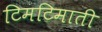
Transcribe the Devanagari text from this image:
टिमटिमाती